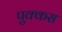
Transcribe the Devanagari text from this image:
पुक्कस